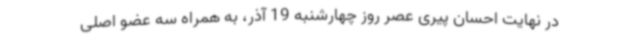
در نهایت احسان پیری عصر روز چهارشنبه 19 آذر، به همراه سه عضو اصلی